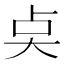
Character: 奌